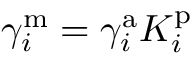
\gamma _ { i } ^ { \mathrm { m } } = \gamma _ { i } ^ { \mathrm { a } } K _ { i } ^ { \mathrm { p } }